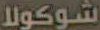
شوكولا